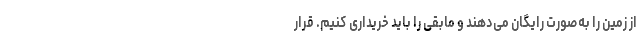
از زمین را به‌صورت رایگان می‌دهند و مابقی را باید خریداری کنیم. قرار